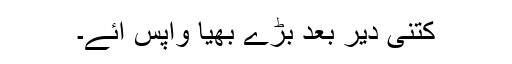
کتنی دیر بعد بڑے بھیا واپس آئے۔